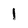
Character: I